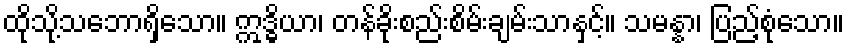
ထိုသို့သဘောရှိသော။ ဣဒ္ဓိယာ၊ တန်ခိုးစည်းစိမ်းချမ်းသာနှင့်။ သမန္နာ၊ ပြည့်စုံသော။